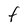
Character: F